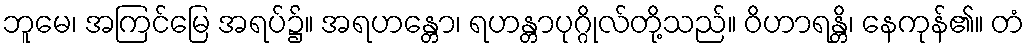
ဘူမေ၊ အကြင်မြေ အရပ်၌။ အရဟန္တော၊ ရဟန္တာပုဂ္ဂိုလ်တို့သည်။ ဝိဟာရန္တိ၊ နေကုန်၏။ တံ